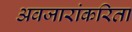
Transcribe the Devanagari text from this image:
अवजारांकरिता